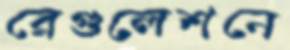
রেগুলেশনে